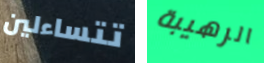
تتساءلين الرهيبة